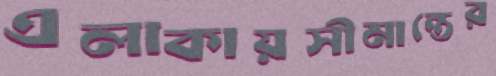
এলাকায়সীমান্তের